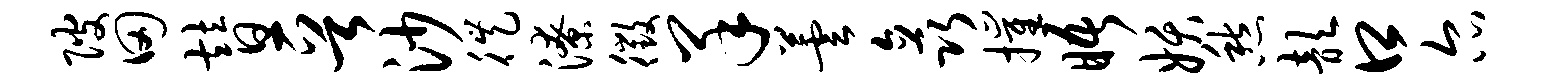
陂田替晋沙徙潦徵羊芸矗摧晤妖愁歆口尔